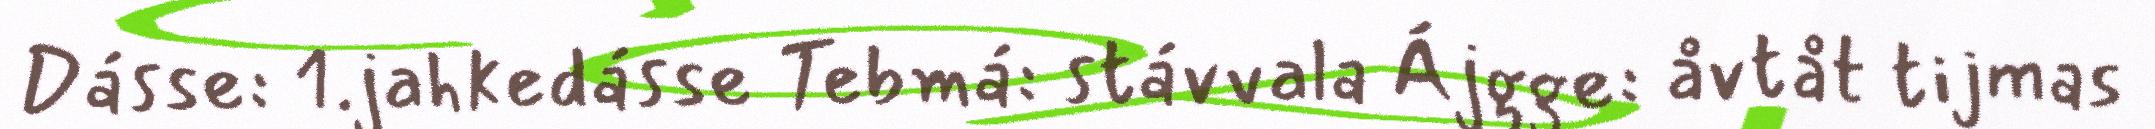
Dásse: 1.jahkedásse Tebmá: stávvala Ájgge: åvtåt tijmas